Malarial fevers
Disease focus: Malaria
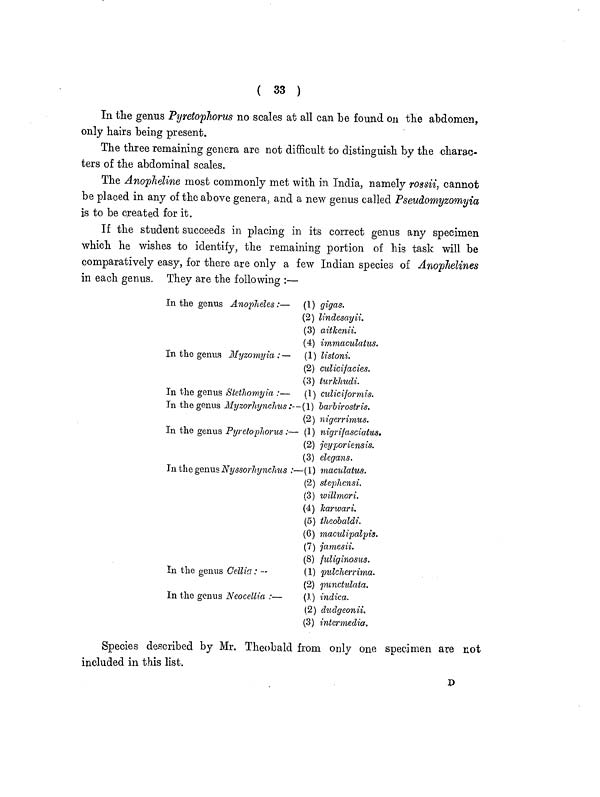
( 33 )
In the genus Pyretophorus no scales at all can be found on the abdomen,
only hairs being present.
The three remaining genera are not difficult to distinguish by the charac-
ters of the abdominal scales.
The Anopheline most commonly met with in India, namely rossii, cannot
be placed in any of the above genera, and a new genus called Pseudomyzomyia
is to be created for it.
If the student succeeds in placing in its correct genus any specimen
which he wishes to identify, the remaining portion of his task will be
comparatively easy, for there are only a few Indian species of Anophelines
in each genus. They are the following :—
In the genus Anopheles : —
In the genus Myzomyia : —
In the genus Stethomyia : —
In the genus Myzorhnchus : —
In the genus Pyretophorus : —
In the genus Nyssorhynchus :—
In the genus Cellia : —
In the genus Neocellia : —
(1) gigas.
(2) lindesayii.
(3) aitkenii.
(4) immaculatus.
(1) listoni.
(2) culicifacies.
(3) turkhudi.
(1) culiciformis.
(1) barbirostris.
(2) nigerrimus.
(1) nigyrifasciatus.
(2) jeyporiensis.
(3) elegans.
(1) maculatus.
(2) stephensi.
(3) willmori.
(4) karwari.
(5) theobaldi.
(6) maculipalpis.
(7) jamesii.
(8) fuliginosus.
(1) pulcherrima.
(2) punctulata.
(1 ) indica.
(2) dudgeonii.
(3) intermedia.
Species described by Mr. Theobald from only one specimen are not
included in this list.
D